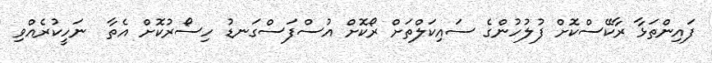
ފައިންތަޅާ ރާކޭސްކޮށް ފުލުހުންގެ ސައިކަލްތަށް ރޯކޮށް އުސްފަސްގަނޑު ހިސޯރުކޮށް އެތާ  ނަހީކުރެއްވި